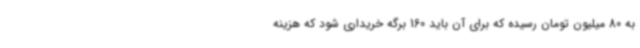
به 80 میلیون تومان رسیده که برای آن باید 160 برگه خریداری شود که هزینه